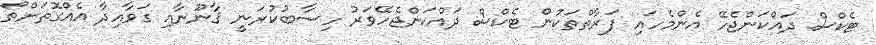
ޓެކްސް ދައްކަންޖެހޭ އެންމެހައި ފަރާތްތަކުން ޓެކްސް ދައްކަންޖެހޭވަރު ހިސާބުކުރަނީ ޤާނޫނާއި ގަވާއިދާ އެއްގޮތަށްތޯ